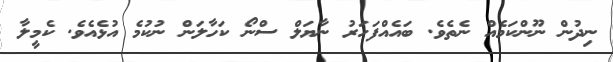
ނިދުން ނޫންކަމެއް ނެތެވެ. ބައެއްފަހަރު ނާޔަލް ސްނޯ ކަހާލަން ނުކުމެ އުޅެއެވެ. ކެމީލާ